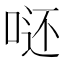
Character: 𭈮